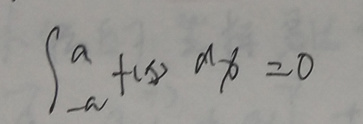
\[
\int_{-a}^{a} f(x) \, dx = 0
\]